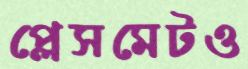
প্লেসমেটও